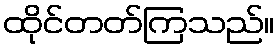
ထိုင်တတ်ကြသည်။